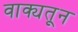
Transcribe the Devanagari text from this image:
वाक्यतून